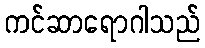
ကင်ဆာရောဂါသည်